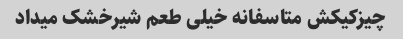
چیزکیکش متاسفانه خیلی طعم شیرخشک میداد